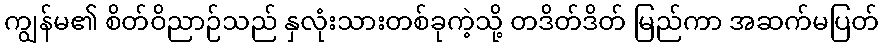
ကျွန်မ၏ စိတ်ဝိညာဉ်သည် နှလုံးသားတစ်ခုကဲ့သို့ တဒိတ်ဒိတ် မြည်ကာ အဆက်မပြတ်